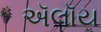
ઍલૉય